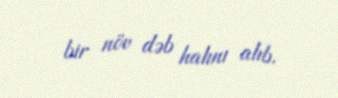
bir növ dəb halını alıb.